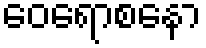
ဝေရောစနော